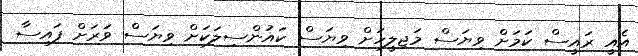
އެއީ ރައީސް ކަމަށް ވިޔަސް މަޖިލީހަށް ވިޔަސް ކައުންސިލަކަށް ވިޔަސް ވަރަށް ފައިސާ